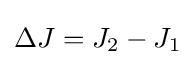
\Delta J=J_{2}-J_{1}